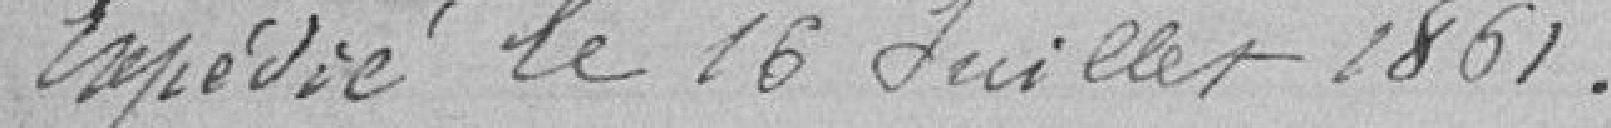
Expédié le 16 Juillet 1861